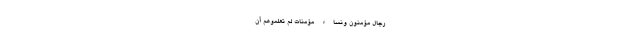
رِجَالٌ مُؤْمِنُونَ وَنِسَاءٌ مُؤْمِنَاتٌ لَمْ تَعْلَمُوهُمْ أَنْ